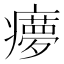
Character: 𤻟